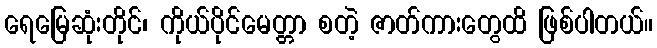
ရေမြေဆုံးတိုင်၊ ကိုယ်ပိုင်မေတ္တာ စတဲ့ ဇာတ်ကားတွေထိ ဖြစ်ပါတယ်။